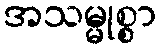
အသမ္မုစ္စာ